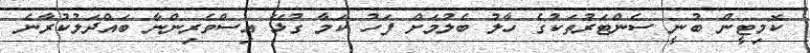
ކޮމިޓީން ބުނީ ސެންޓަރުތަކުގެ ހާލު ބެލުމަށް ފަހު ކަމާ ގުޅޭ އިސްވެރިންނާ ބައްދަލުކުރާނެ